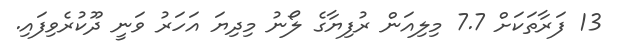
13 ފަރާތަކަށް 7.7 މިލިއަން ރުފިޔާގެ ލޯނު މިދިޔަ އަހަރު ވަނީ ދޫކުރެވިފައި.